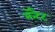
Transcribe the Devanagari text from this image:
मॅन्टैट